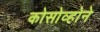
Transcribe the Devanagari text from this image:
कोसोव्होने